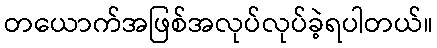
တယောက်အဖြစ်အလုပ်လုပ်ခဲ့ရပါတယ်။